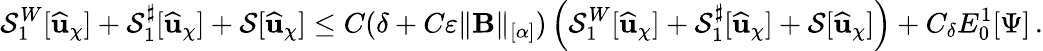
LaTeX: \mathcal{S}_{1}^{W}[\widehat{\mathbf{u}}_{\chi}]+{\mathcal{S}_{1}^{\sharp}}[\widehat{\mathbf{u}}_{\chi}]+\mathcal{S}[\widehat{\mathbf{u}}_{\chi}]\leq C(\delta+C\varepsilon\lVert{\mathbf B}\rVert_{[\alpha]})\left(\mathcal{S}_{1}^{W}[\widehat{\mathbf{u}}_{\chi}]+{\mathcal{S}_{1}^{\sharp}}[\widehat{\mathbf{u}}_{\chi}]+\mathcal{S}[\widehat{\mathbf{u}}_{\chi}]\right)+C_{\delta}{E}_{0}^{1}[\Psi]\, .